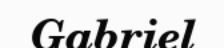
Gabriel